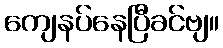
ကျေနပ်နေပြီခင်ဗျ။